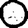
Digit: 0